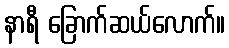
နာရီ ခြောက်ဆယ်လောက်။